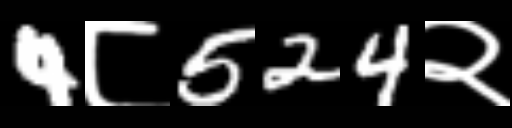
Text: 4८524२